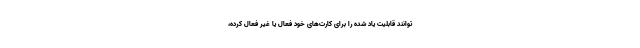
‌توانند قابلیت یاد شده را برای کارت‌های خود فعال یا غیر فعال کرده،